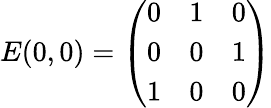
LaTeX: E(0,0)=\left(\begin{array}{ccc}{{0}}&{{1}}&{{0}}\\ {{0}}&{{0}}&{{1}}\\ {{1}}&{{0}}&{{0}}\end{array}\right)